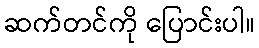
ဆက်တင်ကို ပြောင်းပါ။